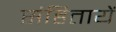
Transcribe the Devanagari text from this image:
संहितायें